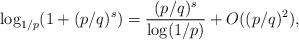
LaTeX: \begin{align*}\log_{1/p}(1 + (p/q)^s) = \frac{(p/q)^s}{\log(1/p)} + O((p/q)^2),\end{align*}